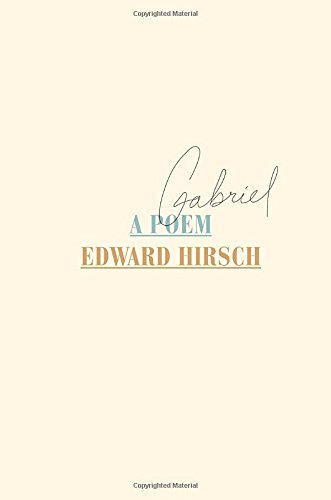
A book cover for Gabriel: A Poem; Edward Hirsch; Literature & Fiction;